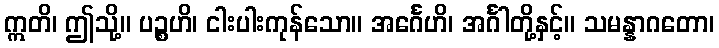
ဣတိ၊ ဤသို့။ ပဉ္စဟိ၊ ငါးပါးကုန်သော။ အင်္ဂေဟိ၊ အင်္ဂါတို့နှင့်။ သမန္နာဂတော၊